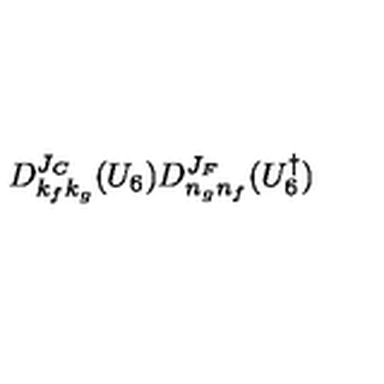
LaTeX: D _ { k _ { f } k _ { g } } ^ { J _ { C } } ( U _ { 6 } ) D _ { n _ { g } n _ { f } } ^ { J _ { F } } ( U _ { 6 } ^ { \dagger } )